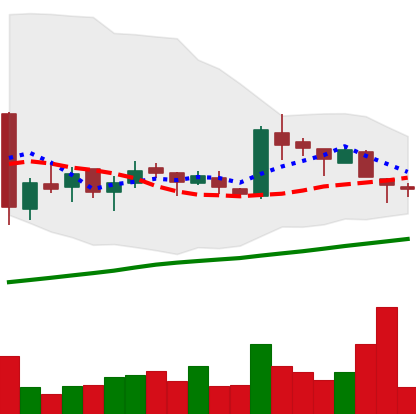
Ticker: LTC-USD
Chart end date: 2016-01-14
Forward return: -12.941%
Label: down_7plus